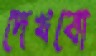
দেখবো